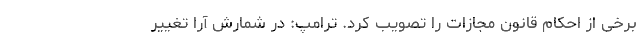
برخی از احکام قانون مجازات را تصویب کرد. ترامپ: در شمارش آرا تغییر